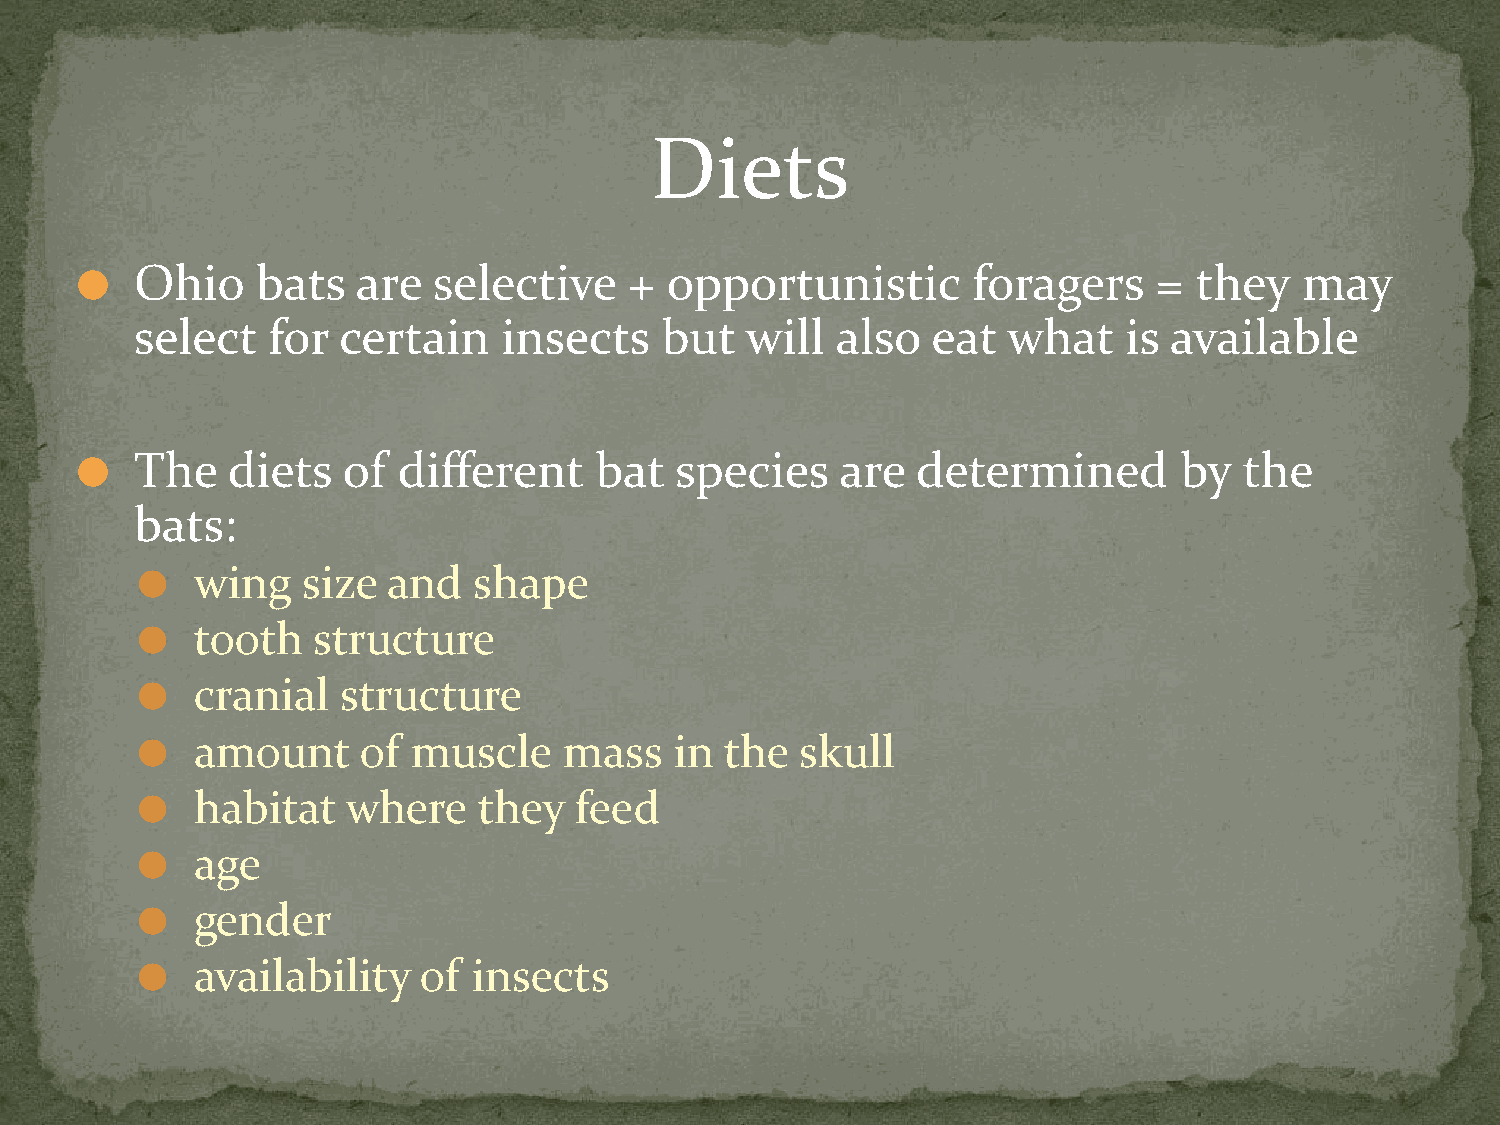
Diets
 Ohio    bats   are  selective    + opportunistic       foragers     = they   may
 ⚫
 select   for certain    insects    but  will  also   eat  what    is available
 The   diets   of different    bat   species    are  determined       by  the
 ⚫
 bats:
 wing   size  and  shape
 ⚫
 tooth   structure
 ⚫
 cranial   structure
 ⚫
 amount     of muscle    mass    in the  skull
 ⚫
 habitat   where    they  feed
 ⚫
 age
 ⚫
 gender
 ⚫
 availability   of insects
 ⚫